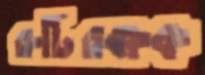
রুটিরক্ষক